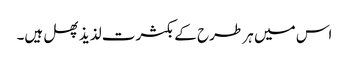
اس میں ہر طرح کے بکثرت لذیذ پھل ہیں۔